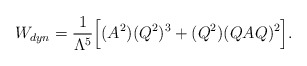
\begin{align*}W_{dyn}= \frac{1}{\Lambda^5}\Big[ (A^2)(Q^2)^3+(Q^2)(QAQ)^2 \Big].\end{align*}